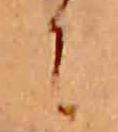
に